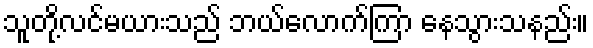
သူတို့လင်မယားသည် ဘယ်လောက်ကြာ နေသွားသနည်း။